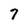
Character: 7